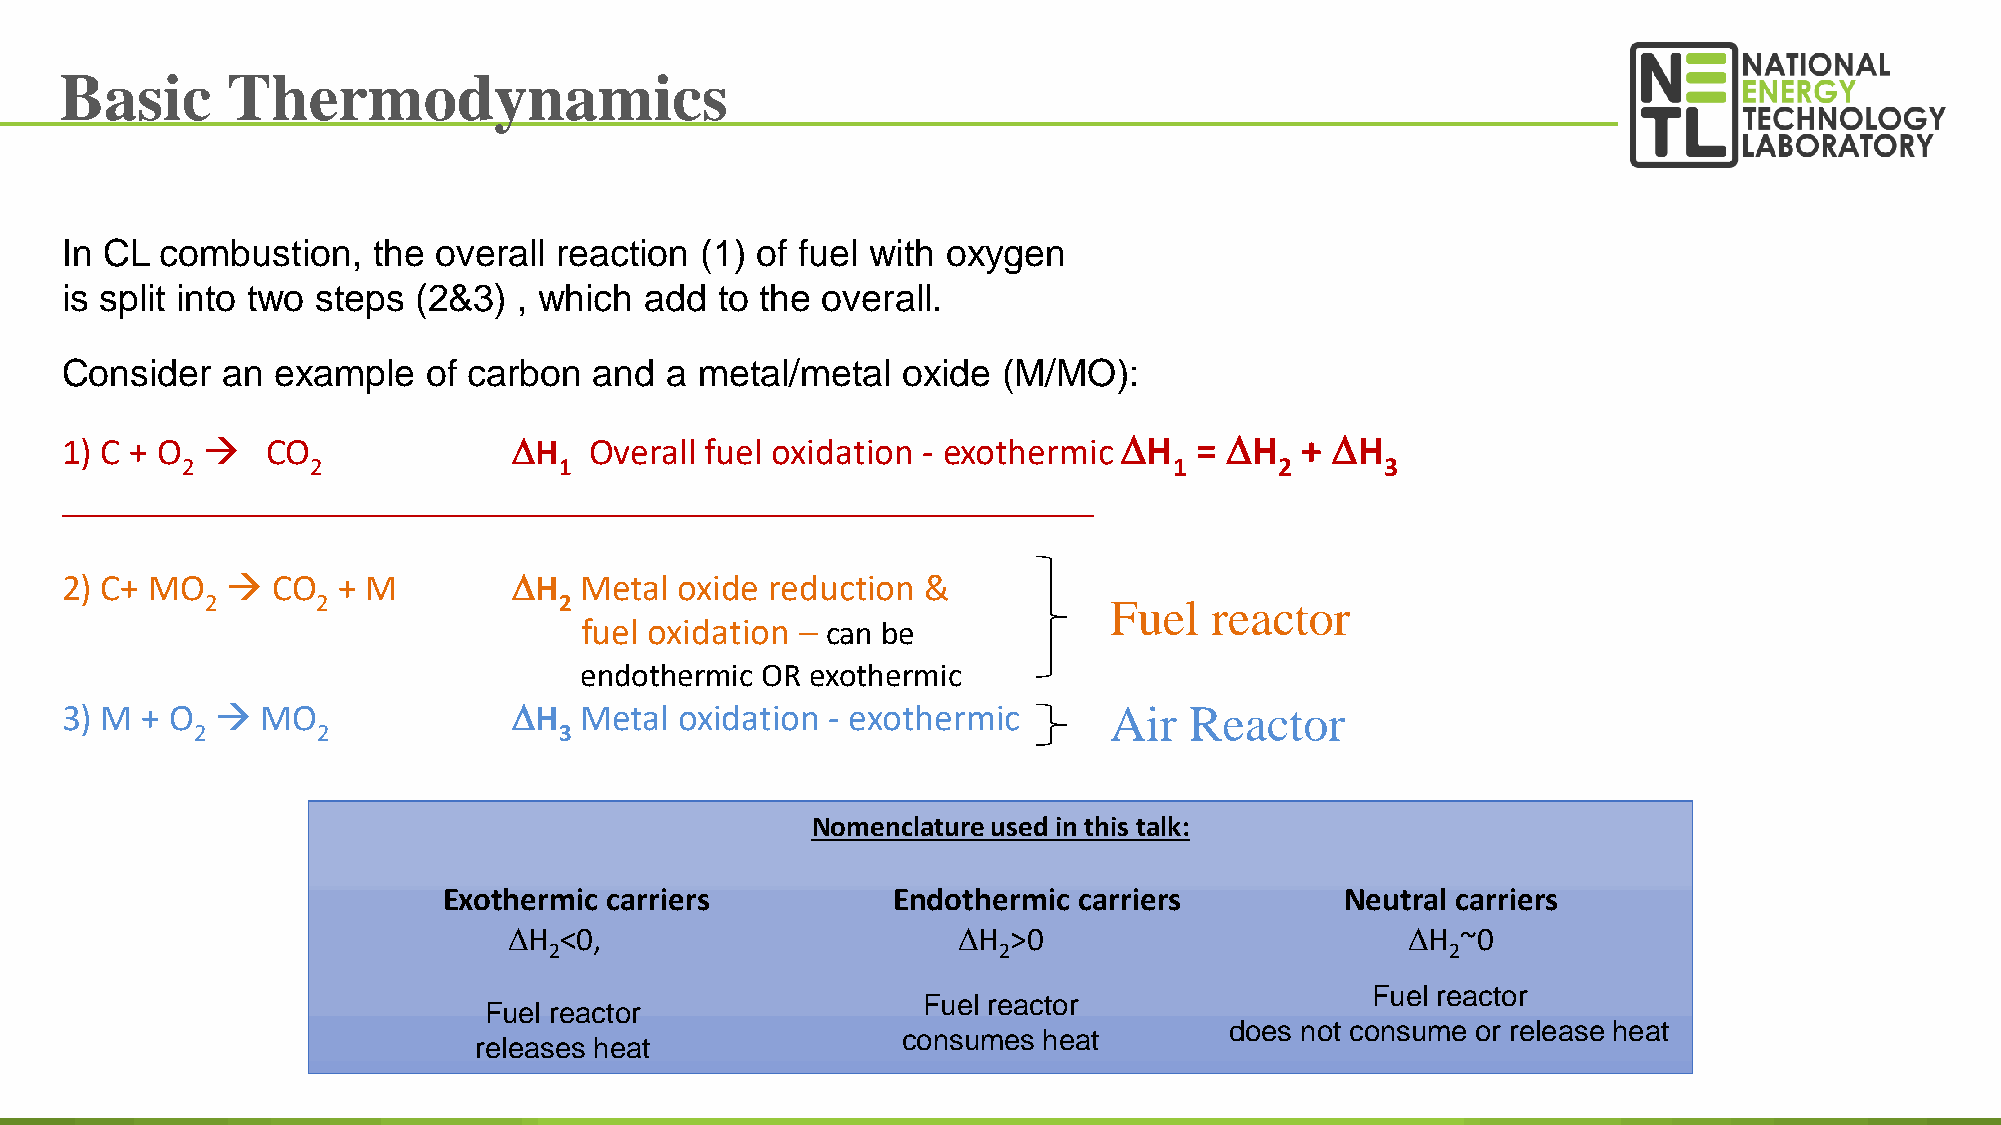
Basic      Thermodynamics
 In CL  combustion,   the overall reaction (1) of fuel with oxygen
 is split into two steps (2&3) , which  add  to the overall.
 Consider   an example   of carbon  and  a metal/metal   oxide (M/MO):
 1) C + O     CO              DH   Overall fuel oxidation - exothermic DH  = DH   + DH
 2        2               1                                        1      2      3
 _______________________________________________________
 2) C+ MO     CO  + M         DH  Metal  oxide reduction &
 2      2               2                                   Fuel   reactor
 fuel oxidation – can be
 endothermic OR  exothermic
 3) M + O    MO               DH  Metal  oxidation - exothermic      Air   Reactor
 2       2               3
 Nomenclature used in this talk:
 Exothermic carriers           Endothermic carriers          Neutral carriers
 DH <0,                       DH  >0                        DH  ~0
 2                             2                             2
 Fuel reactor
 Fuel reactor
 Fuel reactor
 does not consume or release heat
 consumes heat
 releases heat
 16